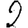
Digit: 2